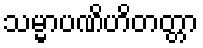
သမ္မာပဏိဟိတတ္တာ